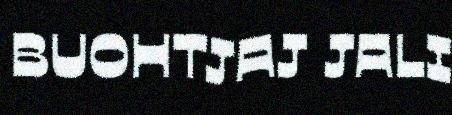
BUOHTJAJ JALI